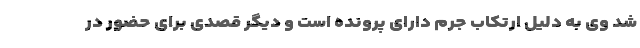
شد وی به دلیل ارتکاب جرم دارای پرونده است و دیگر قصدی برای حضور در